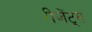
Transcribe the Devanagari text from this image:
रीजेंट्स